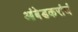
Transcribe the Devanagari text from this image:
आंबेडकरांचं